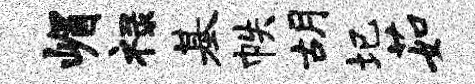
嵋禄基帙胡圮茹